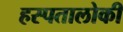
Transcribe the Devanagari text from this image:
हस्पतालोकी